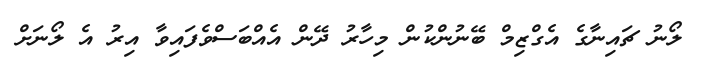
ލޯނު ޗައިނާގެ އެގްޒިމް ބޭނުންކުން މިހާރު ދޭން އެއްބަސްވެފައިވާ އިރު އެ ލޯނަށް